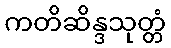
ကတိဆိန္ဒသုတ္တံ